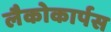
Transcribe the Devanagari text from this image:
लैकोकार्पस